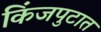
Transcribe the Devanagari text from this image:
किंजपुटात